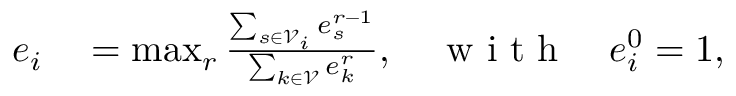
\begin{array} { r l } { e _ { i } } & { { } = \operatorname* { m a x } _ { r } \frac { \sum _ { s \in \mathscr { V } _ { i } } e _ { s } ^ { r - 1 } } { \sum _ { k \in \mathscr { V } } e _ { k } ^ { r } } , \quad \mathrm { ~ w ~ i ~ t ~ h ~ } \quad e _ { i } ^ { 0 } = 1 , } \end{array}